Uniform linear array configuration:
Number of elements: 64
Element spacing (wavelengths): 1
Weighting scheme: hamming
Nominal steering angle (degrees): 30
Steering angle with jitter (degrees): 29.192
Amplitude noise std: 0.05
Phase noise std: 0.05

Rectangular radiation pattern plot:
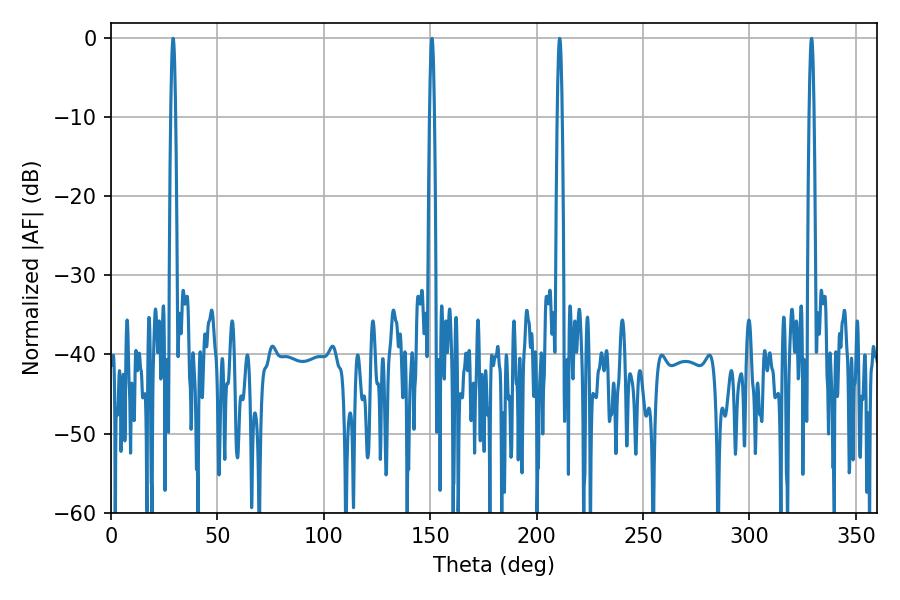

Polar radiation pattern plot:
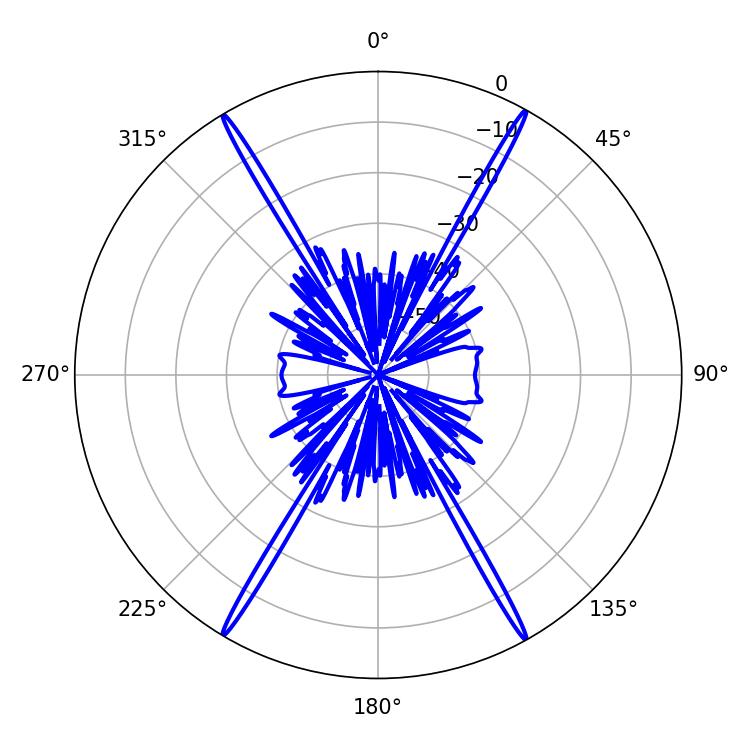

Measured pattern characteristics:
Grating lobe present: TRUE
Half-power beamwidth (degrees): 1.08
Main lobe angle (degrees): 29.16